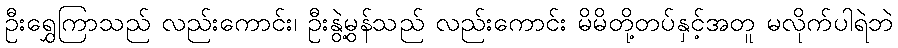
ဦးရွှေကြာသည် လည်းကောင်း၊ ဦးနွဲ့မွန်သည် လည်းကောင်း မိမိတို့တပ်နှင့်အတူ မလိုက်ပါရဲဘဲ